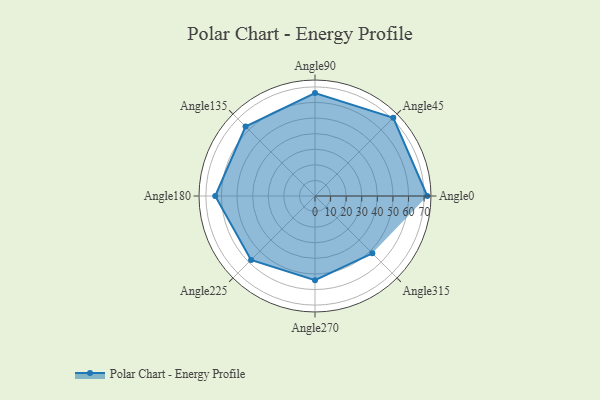
{"axis": {"x": "Angle", "y": "Radius"}, "legend": [""], "data": [{"x": "Angle0", "y": 72.0, "type": ""}, {"x": "Angle45", "y": 71.0, "type": ""}, {"x": "Angle90", "y": 66.0, "type": ""}, {"x": "Angle135", "y": 63.0, "type": ""}, {"x": "Angle180", "y": 64.0, "type": ""}, {"x": "Angle225", "y": 58.0, "type": ""}, {"x": "Angle270", "y": 54.0, "type": ""}, {"x": "Angle315", "y": 52.0, "type": ""}]}